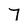
Character: 7